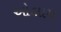
ઓલામ